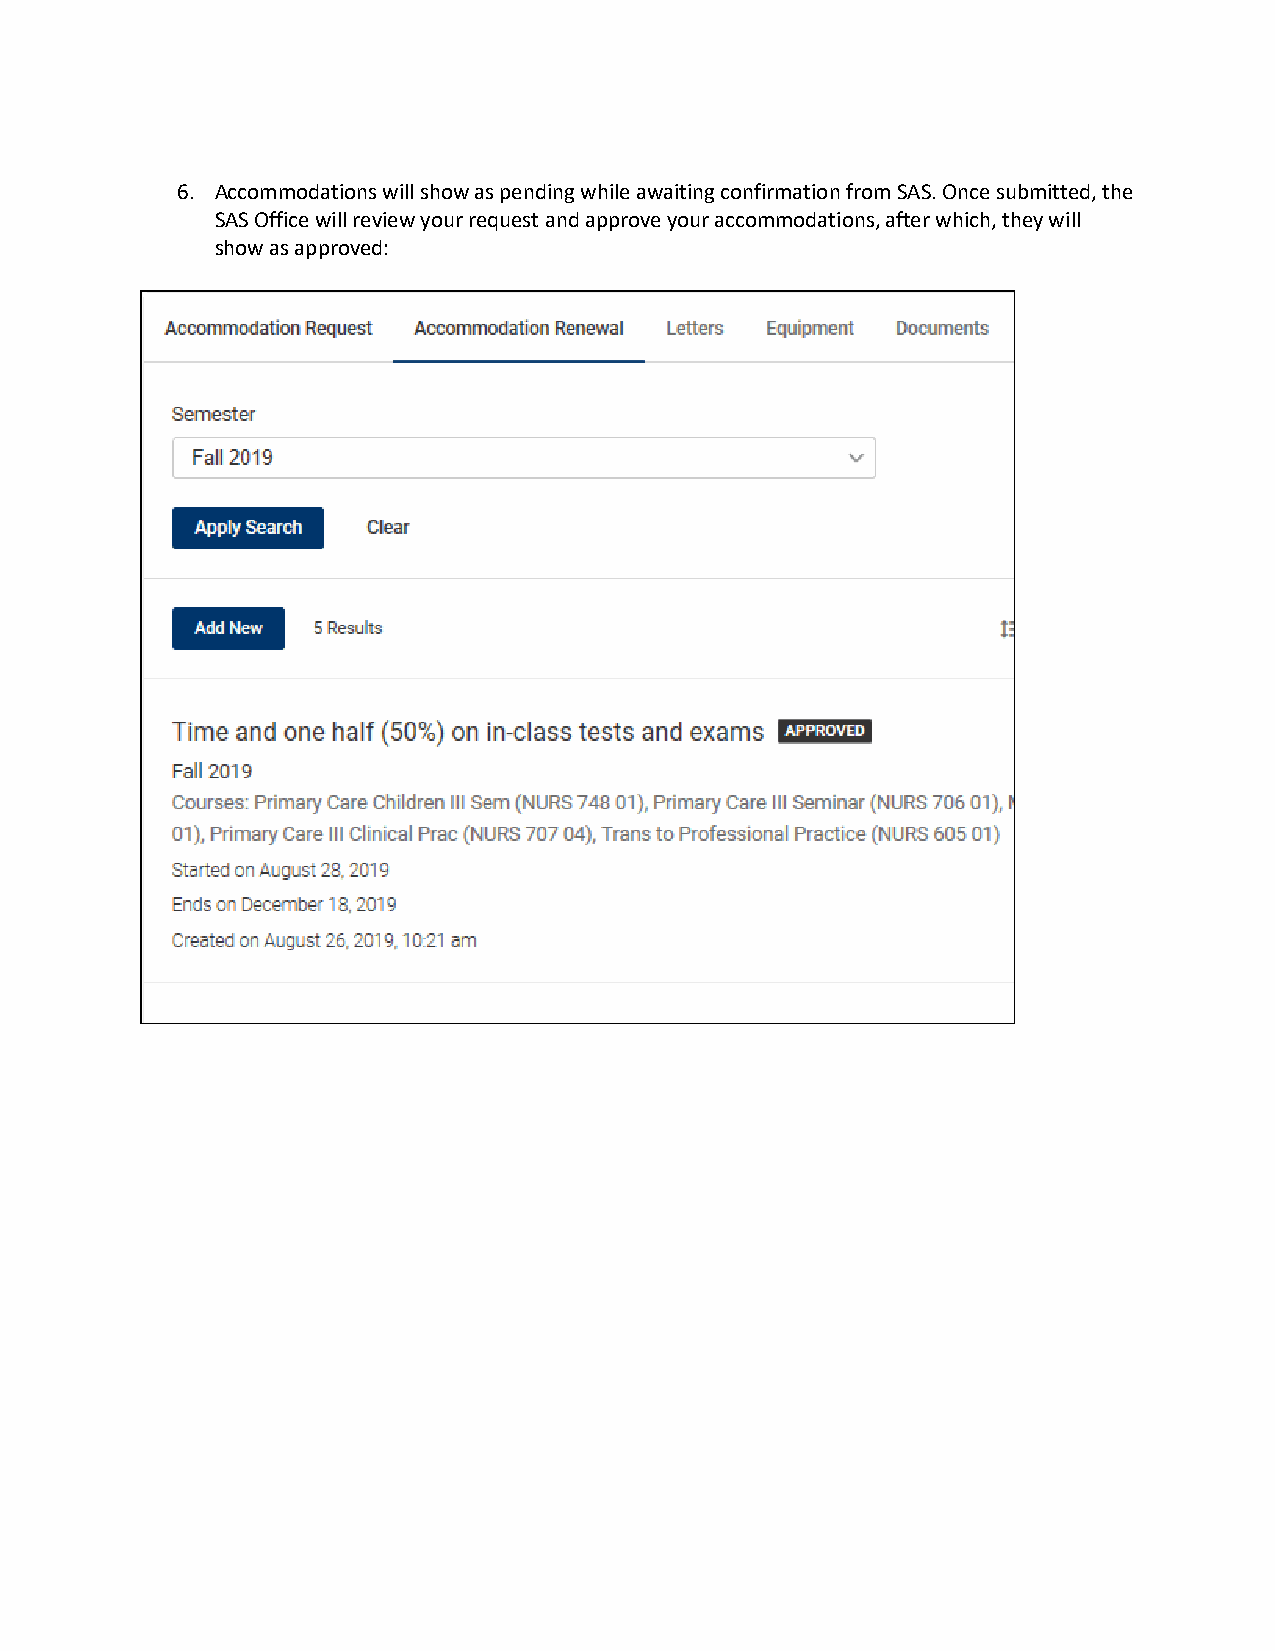
6. Accommodations will show as pending while awaiting confirmation from SAS. Once submitted, the
 SAS Office will review your request and approve your accommodations, after which, they will
 show as approved: